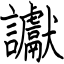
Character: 讞